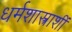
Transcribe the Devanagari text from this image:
धर्मशास्त्राशीं